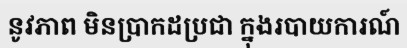
នូវភាព មិនប្រាកដប្រជា ក្នុងរបាយការណ៍